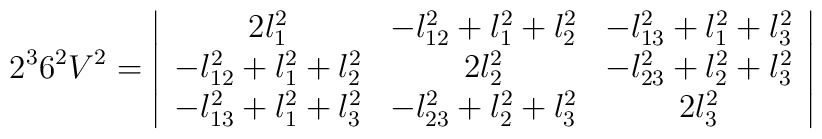
2^3 6^2 V^2 = \left|\begin{array}{ccc}2l_1^2                & -l_{12}^2+l_1^2+l_2^2 & -l_{13}^2+l_1^2+l_3^2 \\-l_{12}^2+l_1^2+l_2^2 & 2l_2^2                & -l_{23}^2+l_2^2+l_3^2 \\-l_{13}^2+l_1^2+l_3^2 & -l_{23}^2+l_2^2+l_3^2 & 2l_3^2\end{array}\right|